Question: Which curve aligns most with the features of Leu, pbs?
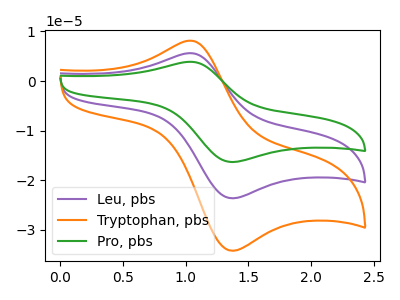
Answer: <think>The purple curve "Leu, pbs" has an anodic peak at (1.05V, 5.60uA) and a cathodic peak at (1.35V, -23.60uA). The orange curve "Tryptophan, pbs" has an anodic peak at (1.05V, 8.15uA) and a cathodic peak at (1.35V, -34.15uA). The green curve "Pro, pbs" has an anodic peak at (1.05V, 11.25uA) and a cathodic peak at (1.35V, -47.20uA).
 All the peaks in "Leu, pbs" have a peak in "Tryptophan, pbs" at the same potential. Every peak in "Leu, pbs" is lower than every peak in "Tryptophan, pbs". All the peaks in "Leu, pbs" have a peak in "Pro, pbs" at the same potential. Every peak in "Leu, pbs" is lower than every peak in "Pro, pbs". All the peaks in "Tryptophan, pbs" have a peak in "Pro, pbs" at the same potential. Every peak in "Tryptophan, pbs" is lower than every peak in "Pro, pbs".</think>
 <answer>"Leu, pbs" and "Pro, pbs" have a similar shape to "Tryptophan, pbs".</answer>
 <eval>"Leu, pbs" "Pro, pbs"</eval>